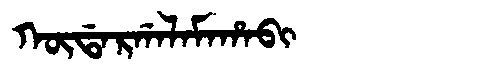
Manchu: ᡴᡡᡩᠠᡵᡤᠠᠯᠠᠮᠠᡥᠠᠪᡳ
Romanization: KŪDARGALAMAHABI